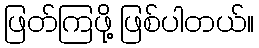
ဖြတ်ကြဖို့ ဖြစ်ပါတယ်။